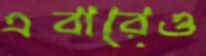
এবারেও